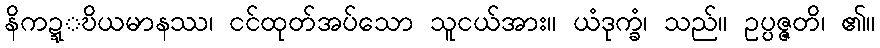
နိကဍ္ဍ္ဎိယမာနဿ၊ ငင်ထုတ်အပ်သော သူငယ်အား။ ယံဒုက္ခံ၊ သည်။ ဥပ္ပဇ္ဇတိ၊ ၏။